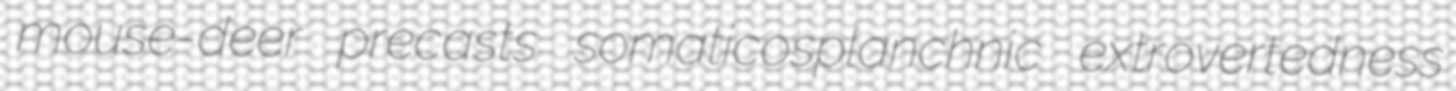
mouse-deer precasts somaticosplanchnic extrovertedness